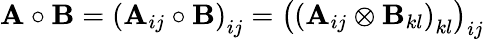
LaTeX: \mathbf{A}\circ\mathbf{B}=\left(\mathbf{A}_{ij}\circ\mathbf{B}\right)_{ij}=\left(\left(\mathbf{A}_{ij}\otimes\mathbf{B}_{kl}\right)_{kl}\right)_{ij}